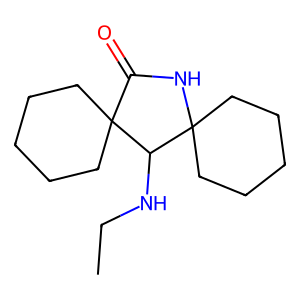
SMILES: CCNC1C2(CCCCC2)NC(=O)C12CCCCC2
Inhibits HIV replication: No